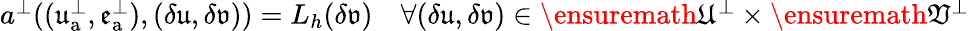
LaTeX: \begin{array}{r}{a^{\perp}((\mathfrak{u}_{\mathrm{a}}^{\perp},\mathfrak{e}_{\mathrm{a}}^{\perp}),(\delta\mathfrak{u},\delta\mathfrak{v}))=L_{h}(\delta\mathfrak{v})\quad\forall(\delta\mathfrak{u},\delta\mathfrak{v})\in\ensuremath{\mathfrak{U}}^{\perp}\times\ensuremath{\mathfrak{V}}^{\perp}}\end{array}